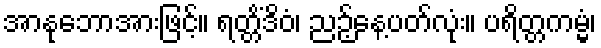
အာနုဘောအားဖြင့်။ ရတ္တိံဒိဝံ၊ ညဉ့်နေ့ပတ်လုံး။ ပရိတ္တကမ္မံ၊